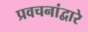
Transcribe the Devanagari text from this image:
प्रवचनांद्वारे